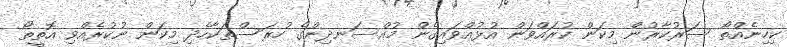
ކިހިނެއްތޯ ސަރުކާރުން މިކަން ކުރައްވަން އުޅުއްވައިގެން މުއްސަނދިންގެ ހުރަސްތަކާހެދި މިކަން ނުކުރެއްވި އޮތީތޯ